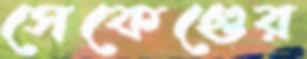
সেকেণ্ডের